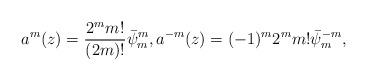
LaTeX: \begin{align*}a^m(z)=\frac{2^mm!}{(2m)!}\bar{\psi}_m^m,a^{-m}(z)=(-1)^m2^mm!\bar{\psi}_m^{-m},\end{align*}